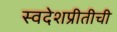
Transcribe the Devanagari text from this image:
स्वदेशप्रीतीची